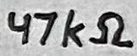
Text: 47kΩ